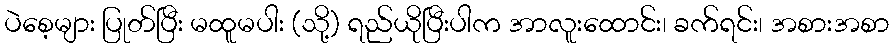
ပဲစေ့များ ပြုတ်ပြီး မထူမပါး (သို့) ရည်ယိုပြီးပါက အာလူးထောင်း၊ ခက်ရင်း၊ အစားအစာ